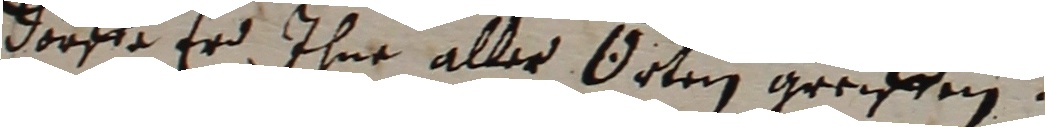
dörfe er ihne aller Örten greiffen.